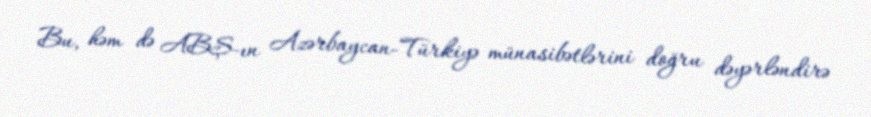
Bu, həm də ABŞ-ın Azərbaycan-Türkiyə münasibətlərini doğru dəyərləndirə